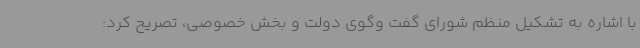
با اشاره به تشکیل منظم شورای گفت وگوی دولت و بخش خصوصی، تصریح کرد: